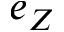
e _ { Z }